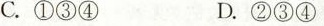
C.①③④ D.②③④